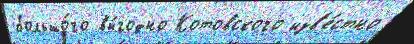
большо́го вы́годно Котовского изв'е́стно